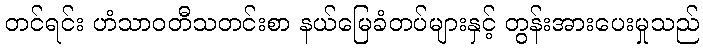
တင်ရင်း ဟံသာဝတီသတင်းစာ နယ်မြေခံတပ်များနှင့် တွန်းအားပေးမှုသည်